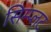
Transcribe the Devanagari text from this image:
सिम्प्लट